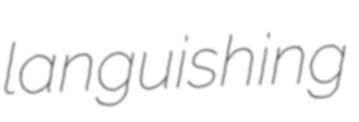
languishing